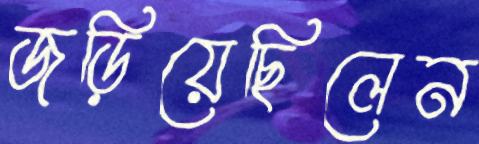
জড়িয়েছিলেন